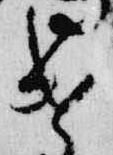
遣